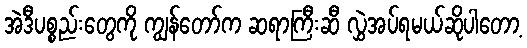
အဲဒီပစ္စည်းတွေကို ကျွန်တော်က ဆရာကြီးဆီ လွှဲအပ်ရမယ်ဆိုပါတော့